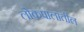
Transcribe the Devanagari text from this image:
लोकपालातील